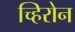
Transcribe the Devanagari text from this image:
च्हिरोन